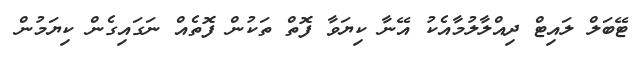
ޓޭބަލް ލައިޓް ދިއްލާލުމާއެކު އޭނާ ކިޔަވާ ފޮތް ތަކުން ފޮތެއް ނަގައިގެން ކިޔަމުން